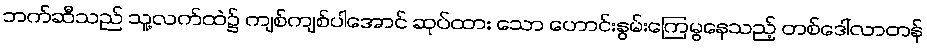
ဘက်ဆီသည် သူ့လက်ထဲ၌ ကျစ်ကျစ်ပါအောင် ဆုပ်ထား သော ဟောင်းနွမ်းကြေမွနေသည့် တစ်ဒေါ်လာတန်